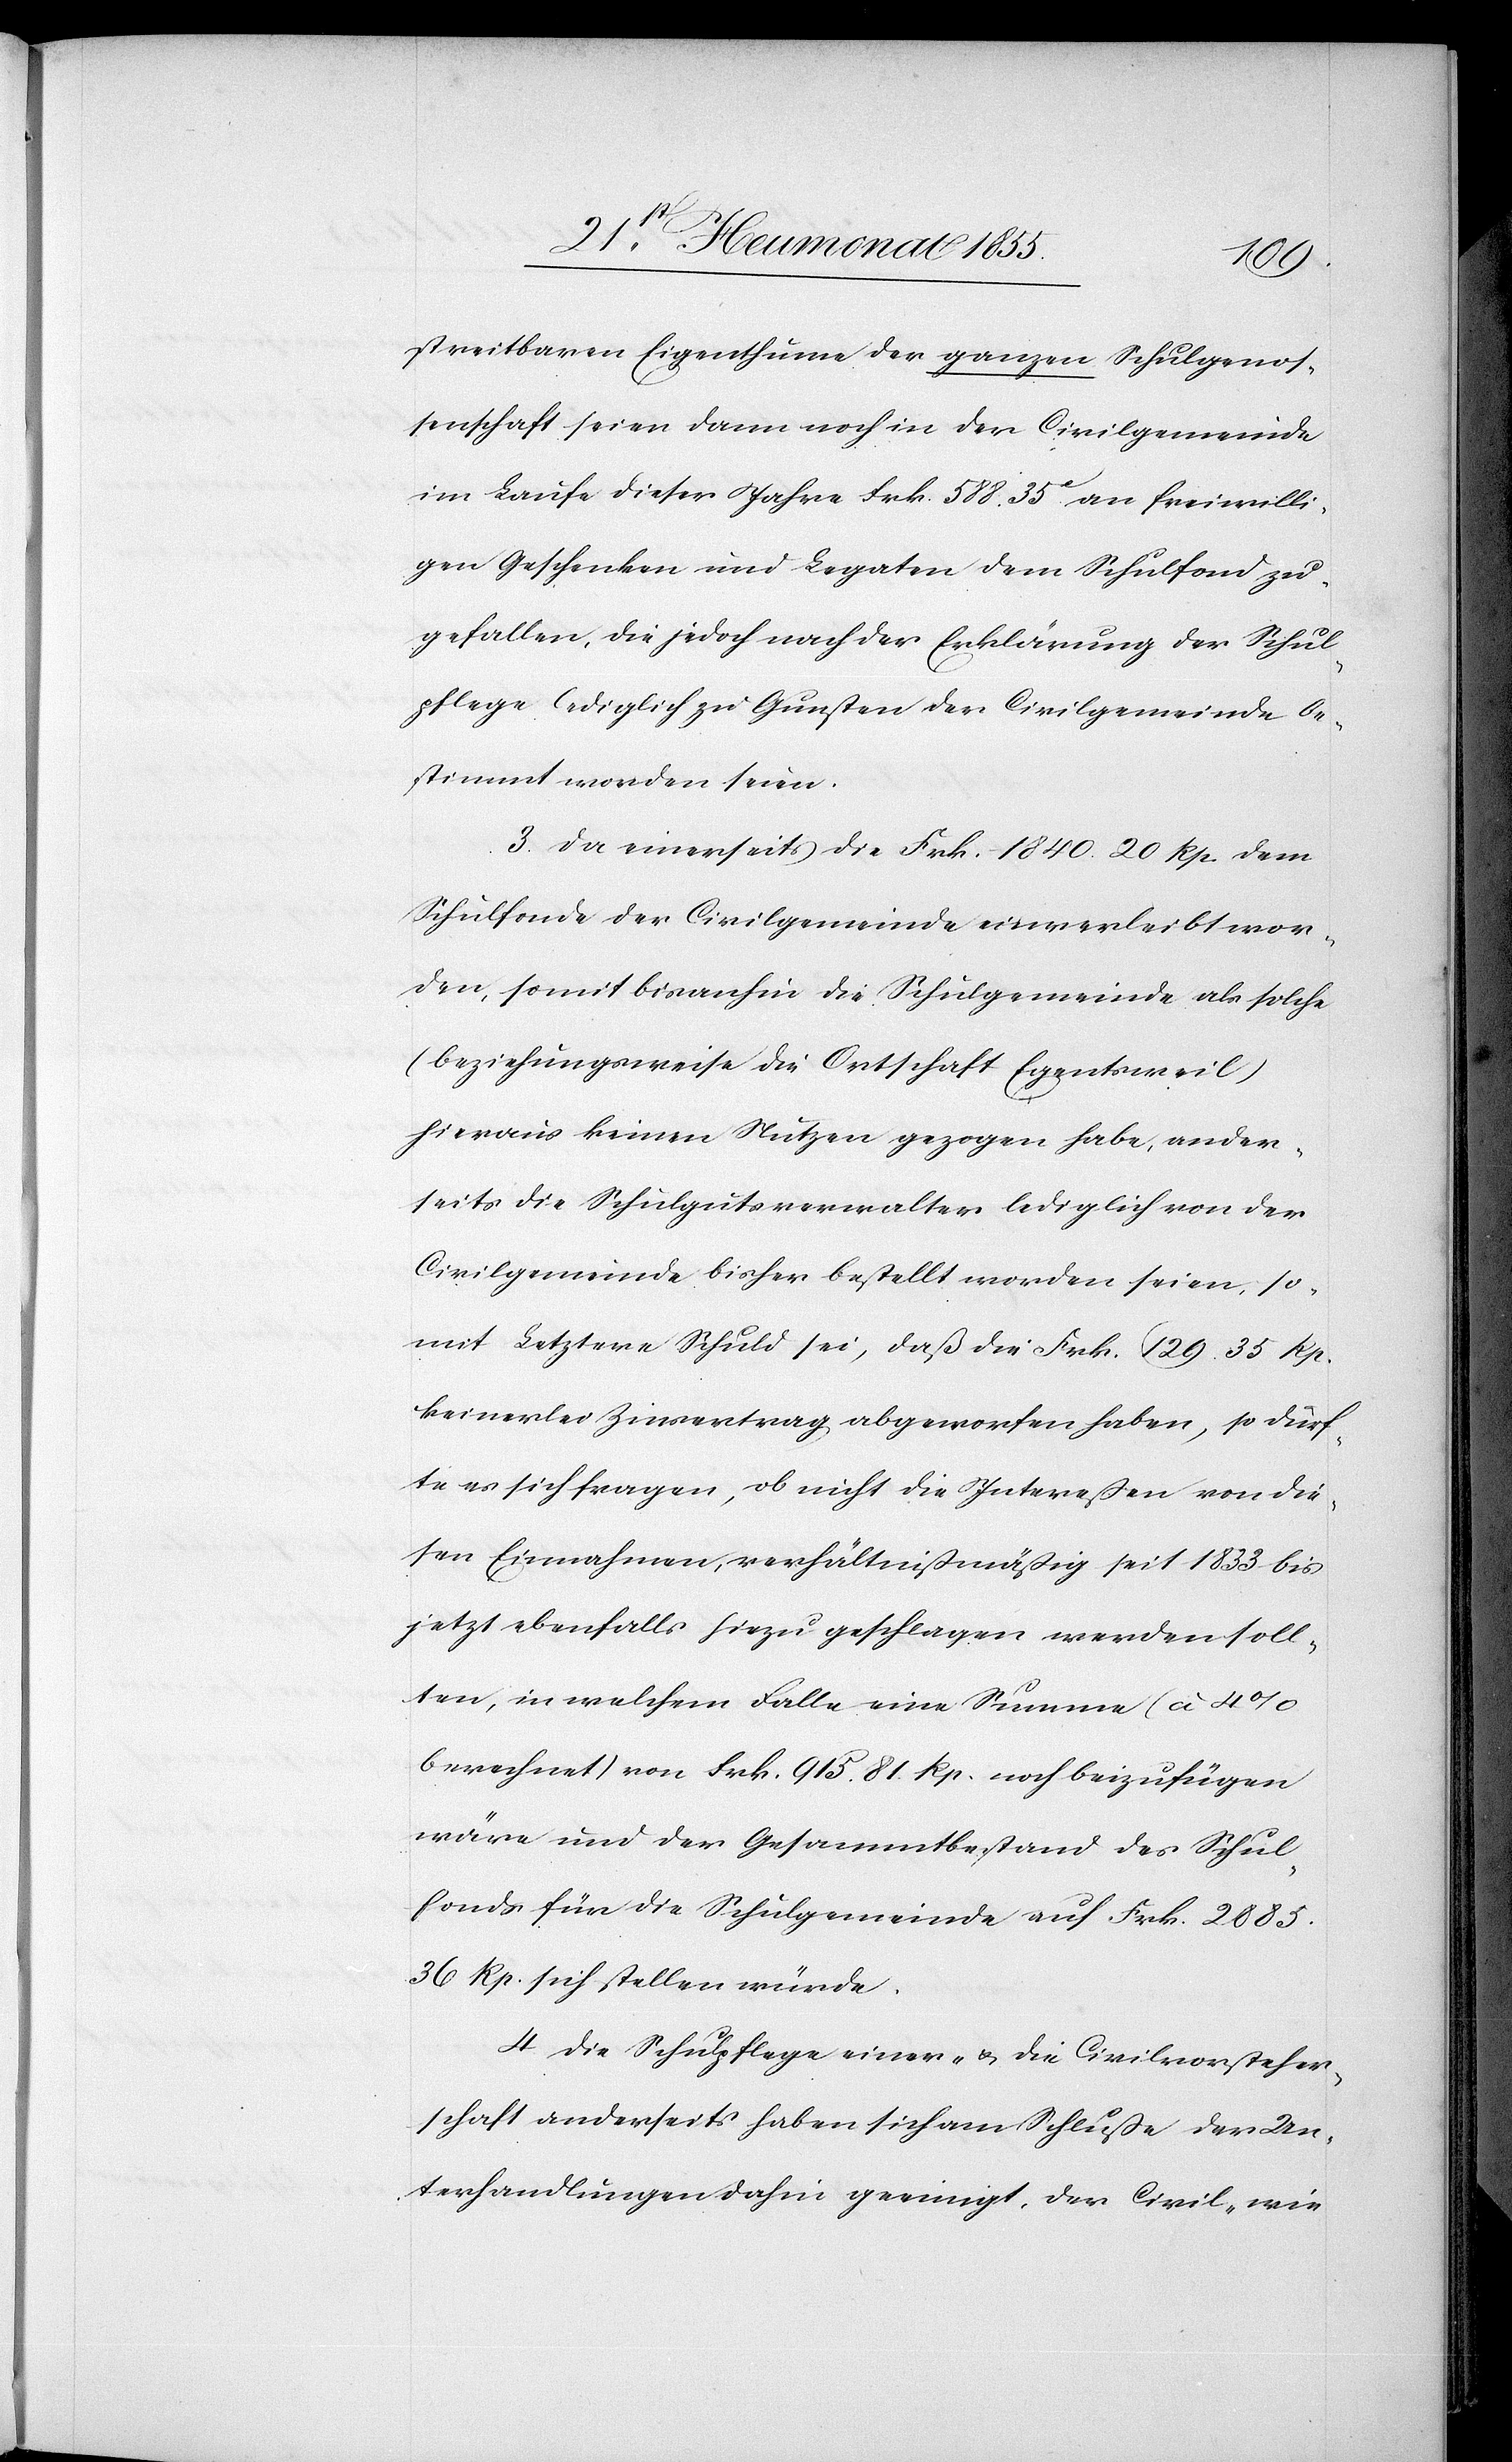
streitbaren Eigenthume der ganzen Schulgenos¬
senschaft seien dann noch in der Civilgemeinde
im Laufe dieser Jahre Frk. 588. 35c. an freiwilli¬
gen Geschenken und Legaten dem Schulfond zu¬
gefallen, die jedoch nach der Erklärung der Schul¬
pflege lediglich zu Gunsten der Civilgemeinde be¬
stimmt worden seien.
3. Da einerseits die Frk. 1840. 20 Rp. dem
Schulfonde der Civilgemeinde einverleibt wor¬
den, somit bisanhin die Schulgemeinde als solche
(beziehungsweise die Ortschaft Egentsweil
hieraus keinen Nutzen gezogen habe, ander¬
seits die Schulgutsverwalter lediglich von der
Civilgemeinde bisher bestellt worden seien, so¬
mit Letztere Schuld sei, daß die Frk. 129. 35 Rp.
keinerlei Zinsertrag abgeworfen haben, so dürf¬
te es sich fragen, ob nicht die Intereßen von die¬
sen Einnahmen, verhältnißmäßig seit 1833 bis
jetzt ebenfalls hiezu geschlagen werden soll¬
ten, in welchem Falle eine Summe (à 4%
berechnet) von Frk. 915. 81. Rp. noch beizufügen
wäre und der Gesammtbestand des Schul¬
fonds für die Schulgemeinde auf Frk. 2885.
36 Rp. sich stellen würde.
4. Die Schulpflege einer- & die Civilvorsteher¬
schaft anderseits haben sich am Schluße der Un¬
terhandlungen dahin geeinigt, der Civil- wie